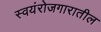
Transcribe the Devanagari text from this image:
स्वयंरोजगारातील